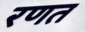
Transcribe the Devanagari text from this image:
रणत